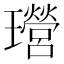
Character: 𤫎